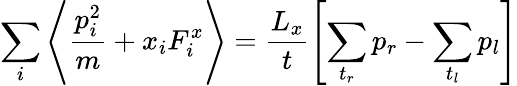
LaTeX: \sum_{i}\left\langle\frac{p_{i}^{2}}{m}+x_{i}F_{i}^{x}\right\rangle=\frac{L_{x}}{t}\left[\sum_{t_{r}}p_{r}-\sum_{t_{l}}p_{l}\right]